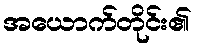
အယောက်တိုင်း၏